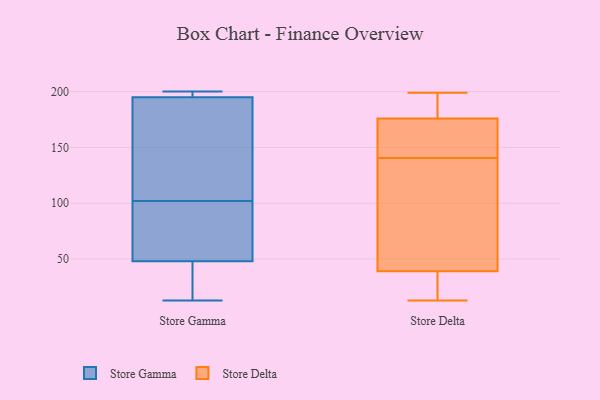
{"axis": {"x": "Inventory Turnover", "y": "Value"}, "legend": ["Store Delta", "Store Gamma"], "data": [{"x": "", "y": 196, "type": "Store Gamma"}, {"x": "", "y": 184, "type": "Store Gamma"}, {"x": "", "y": 107, "type": "Store Gamma"}, {"x": "", "y": 97, "type": "Store Gamma"}, {"x": "", "y": 200, "type": "Store Gamma"}, {"x": "", "y": 59, "type": "Store Gamma"}, {"x": "", "y": 48, "type": "Store Gamma"}, {"x": "", "y": 195, "type": "Store Gamma"}, {"x": "", "y": 13, "type": "Store Gamma"}, {"x": "", "y": 44, "type": "Store Gamma"}, {"x": "", "y": 39, "type": "Store Delta"}, {"x": "", "y": 151, "type": "Store Delta"}, {"x": "", "y": 34, "type": "Store Delta"}, {"x": "", "y": 130, "type": "Store Delta"}, {"x": "", "y": 13, "type": "Store Delta"}, {"x": "", "y": 199, "type": "Store Delta"}, {"x": "", "y": 176, "type": "Store Delta"}, {"x": "", "y": 178, "type": "Store Delta"}, {"x": "", "y": 27, "type": "Store Delta"}, {"x": "", "y": 189, "type": "Store Delta"}, {"x": "", "y": 45, "type": "Store Delta"}, {"x": "", "y": 172, "type": "Store Delta"}, {"x": "", "y": 176, "type": "Store Delta"}, {"x": "", "y": 89, "type": "Store Delta"}]}